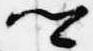
卿